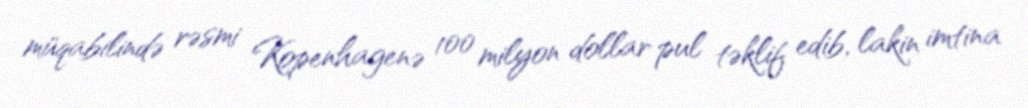
müqabilində rəsmi Kopenhagenə 100 milyon dollar pul təklif edib, lakin imtina